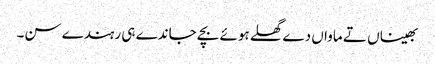
بھیناں تے ماواں دے گھلے ہوئے بچے جاندے ہی رہندے سن۔